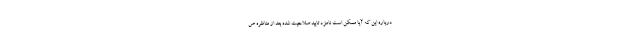
درباره این که آیا ممکن است نامزد تایید صلاحیت شده بعد از مناظره ص